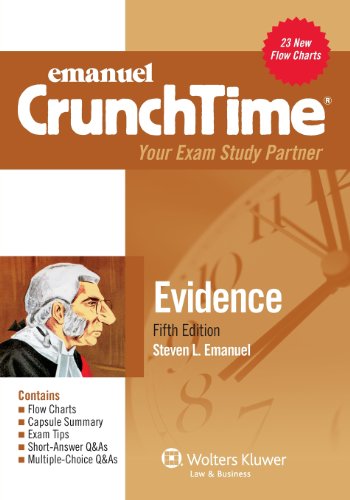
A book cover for Crunchtime: Evidence, Fifth Edition; Steven L. Emanuel; Law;